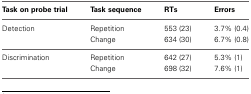
| Task on probe trial | Task sequence | RTs | Errors |
 | --- | --- | --- | --- |
 | Detection | Repetition | 553 (23) | 3.7% (0.4) |
 |  | Change | 634 (30) | 6.7% (0.8) |
 | Discrimination | Repetition | 642 (27) | 5.3% (1) |
 |  | Change | 698 (32) | 7.6% (1) |